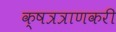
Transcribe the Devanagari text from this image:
क्षत्रत्राणकरी